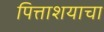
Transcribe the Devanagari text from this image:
पित्ताशयाचा